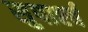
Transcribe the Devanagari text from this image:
सुपार्श्‍व